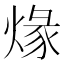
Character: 𤊺